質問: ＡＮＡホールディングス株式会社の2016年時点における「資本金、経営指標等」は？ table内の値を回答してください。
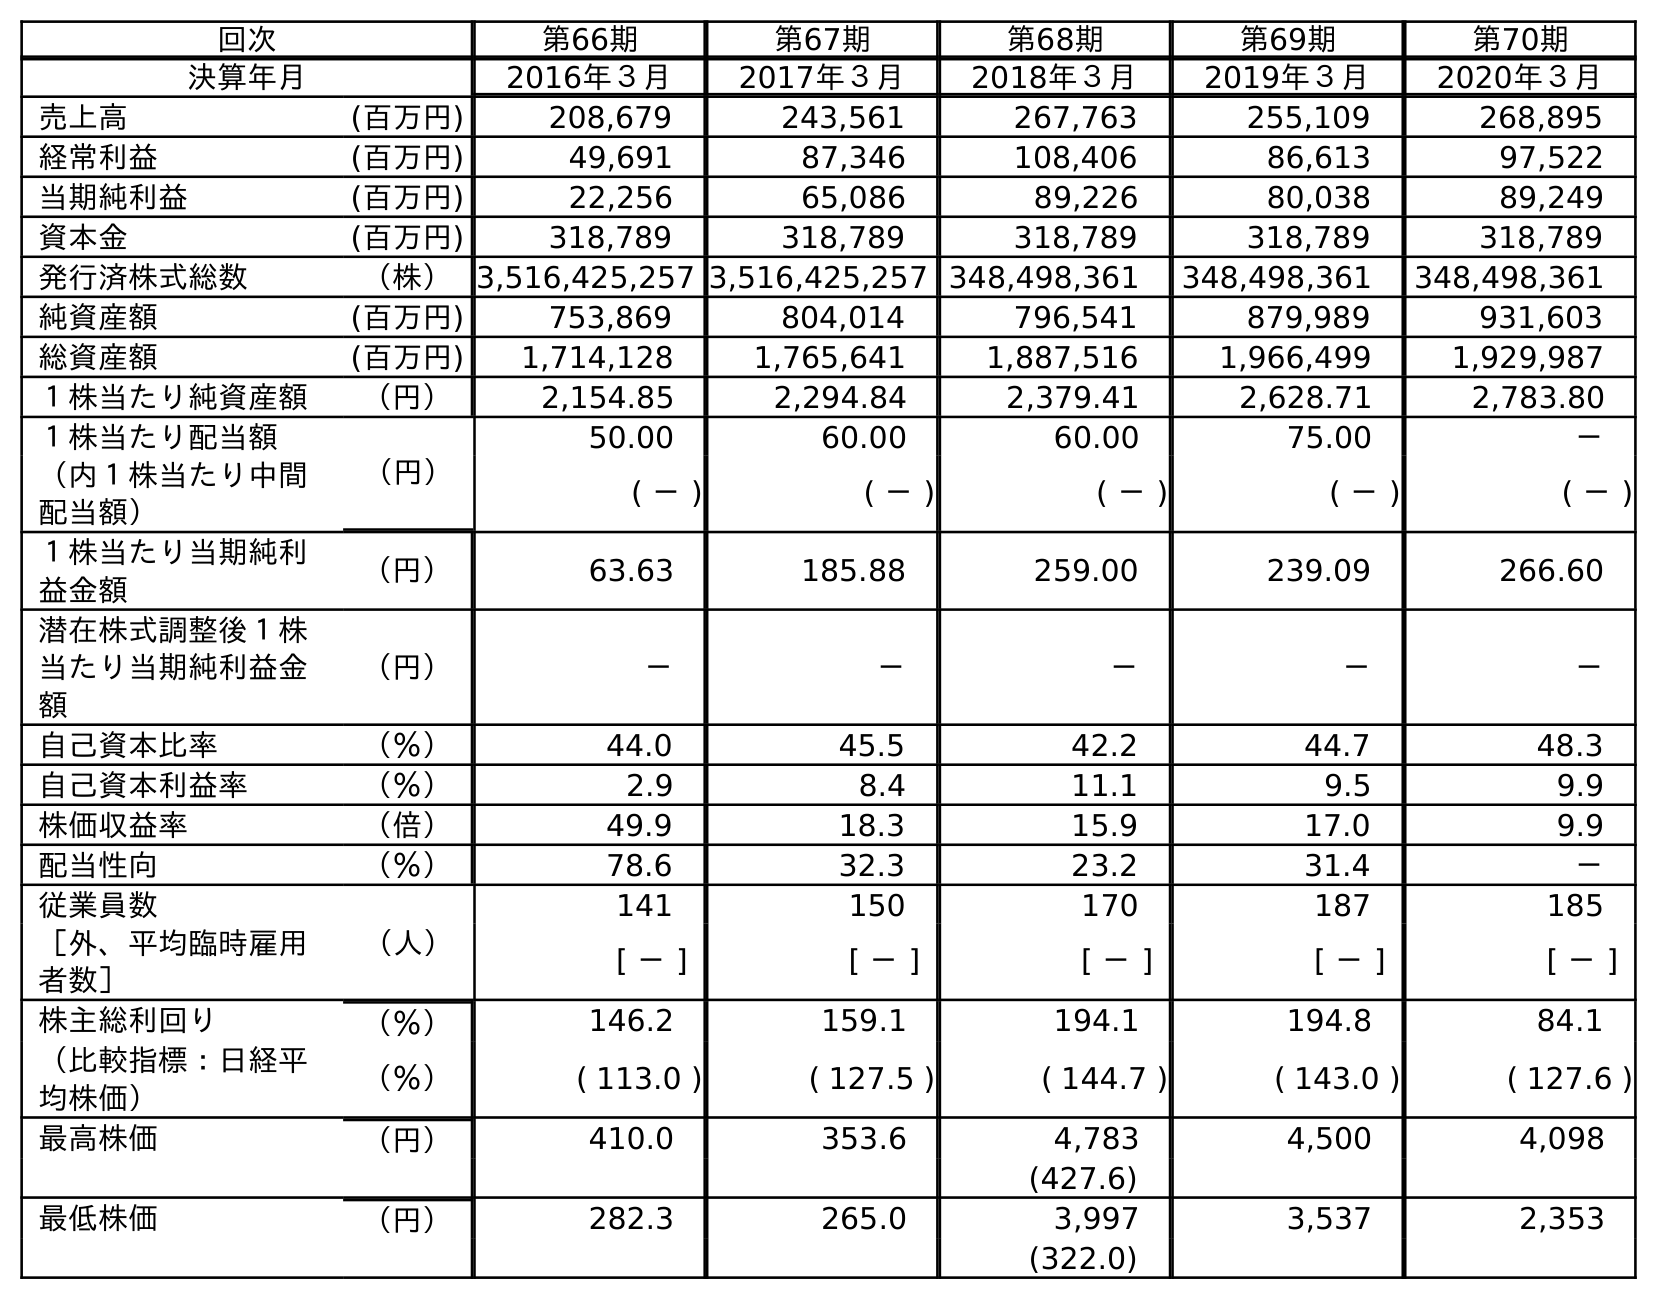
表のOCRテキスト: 回次 第66期 第67期 第68期 第69期 第70期 決算年月 2016年３月 2017年３月 2018年３月 2019年３月 2020年３月 売上高 (百万円) 208,679 243,561 267,763 255,109 268,895 経常利益 (百万円) 49,691 87,346 108,406 86,613 97,522 当期純利益 (百万円) 22,256 65,086 89,226 80,038 89,249 資本金 (百万円) 318,789 318,789 318,789 318,789 318,789 発行済株式総数 （株）3,516,425,257 3,516,425,257 348,498,361 348,498,361 348,498,361 純資産額 (百万円) 753,869 804,014 796,541 879,989 931,603 総資産額 (百万円) 1,714,128 1,765,641 1,887,516 1,966,499 1,929,987 １株当たり純資産額 （円） 2,154.85 2,294.84 2,379.41 2,628.71 2,783.80 １株当たり配当額 （円） 50.00 60.00 60.00 75.00 － （内１株当たり中間 配当額） ( － ) ( － ) ( － ) ( － ) ( － ) １株当たり当期純利 益金額 （円） 63.63 185.88 259.00 239.09 266.60 潜在株式調整後１株 当たり当期純利益金 額 （円） － － － － － 自己資本比率 （％） 44.0 45.5 42.2 44.7 48.3 自己資本利益率 （％） 2.9 8.4 11.1 9.5 9.9 株価収益率 （倍） 49.9 18.3 15.9 17.0 9.9 配当性向 （％） 78.6 32.3 23.2 31.4 － 従業員数 （人） 141 150 170 187 185 ［外、平均臨時雇用 者数］ [ － ] [ － ] [ － ] [ － ] [ － ] 株主総利回り （％） 146.2 159.1 194.1 194.8 84.1 （比較指標：日経平 均株価） （％） ( 113.0 ) ( 127.5 ) ( 144.7 ) ( 143.0 ) ( 127.6 ) 最高株価 （円） 410.0 353.6 4,783 4,500 4,098 (427.6) 最低株価 （円） 282.3 265.0 3,997 3,537 2,353 (322.0)
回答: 318,789